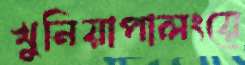
খুনিয়াপালংয়ে